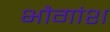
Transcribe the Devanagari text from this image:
भौगांश